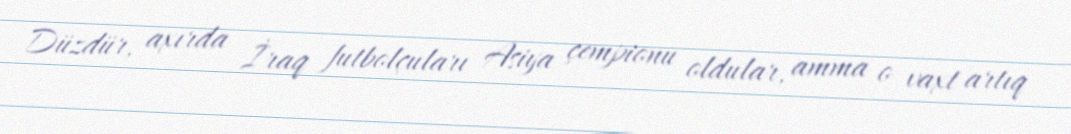
Düzdür, axırda İraq futbolçuları Asiya çempionu oldular, amma o vaxt artıq